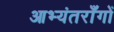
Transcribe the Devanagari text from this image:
आभ्यंतराँगों